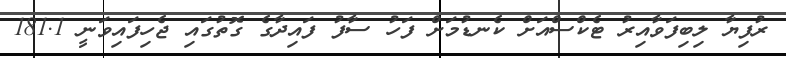
ރުފިޔާ ލިބިފަވާއިރު ޓެކްސްއަށް ކެނޑުމަށް ފަހު ސާފު ފައިދާގެ ގޮތުގައި ޖެހިފައިވަނީ 181.1